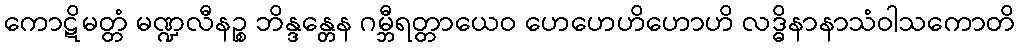
ကောဋိမတ္တံ မဏ္ဍလီနဉ္စ ဘိန္ဒန္တေန ဂမ္ဘီရတ္တာယေဝ ဟေဟေဟိဟောဟိ လဒ္ဓိနာနာသံဝါသကောတိ